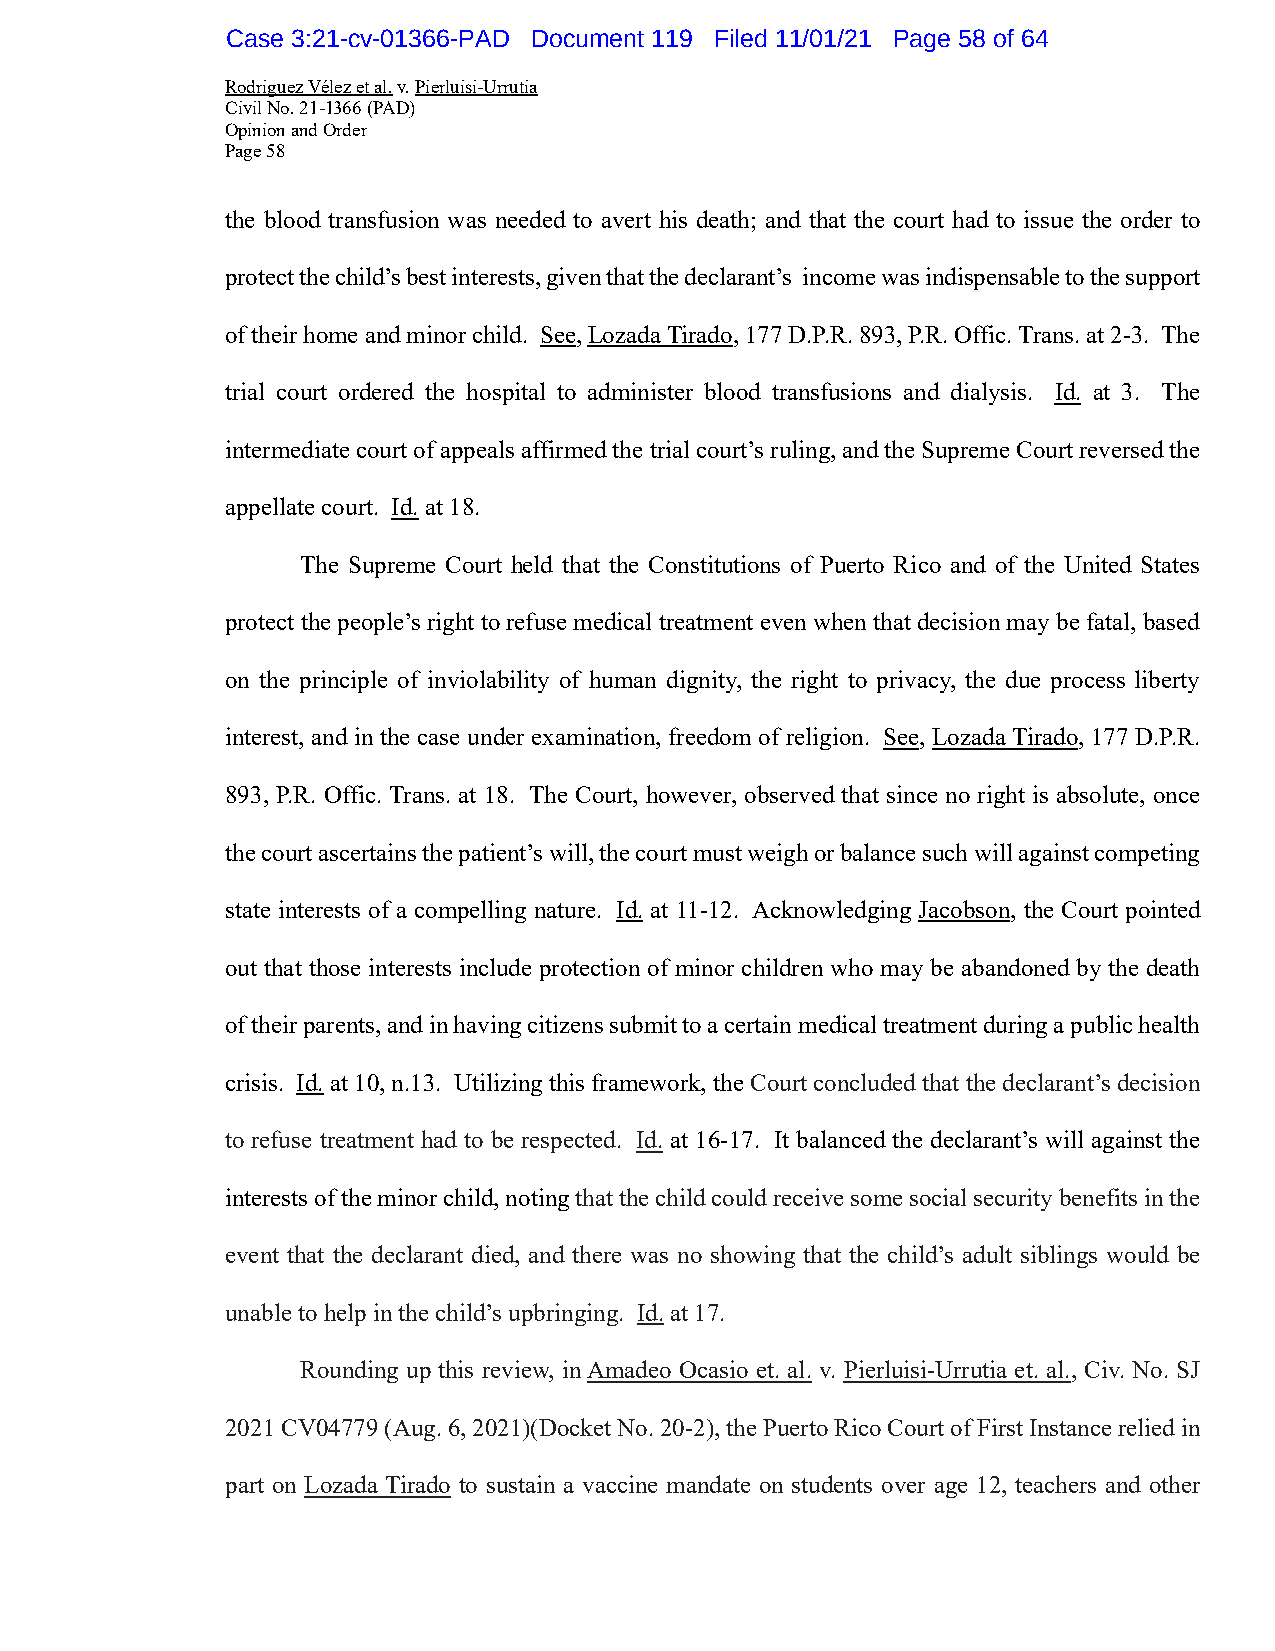
Case 3:21-cv-01366-PAD Document 119 Filed 11/01/21 Page 58 of 64
 Rodriguez Vélez et al. v. Pierluisi-Urrutia
 Civil No. 21-1366 (PAD)
 Opinion and Order
 Page 58
 the blood transfusion was needed to avert his death; and that the court had to issue the order to
 protect the child’s best interests, given that the declarant’s income was indispensable to the support
 of their home and minor child. See, Lozada Tirado, 177 D.P.R. 893, P.R. Offic. Trans. at 2-3. The
 trial court ordered the hospital to administer blood transfusions and dialysis. Id. at 3. The
 intermediate court of appeals affirmed the trial court’s ruling, and the Supreme Court reversed the
 appellate court. Id. at 18.
 The Supreme Court held that the Constitutions of Puerto Rico and of the United States
 protect the people’s right to refuse medical treatment even when that decision may be fatal, based
 on the principle of inviolability of human dignity, the right to privacy, the due process liberty
 interest, and in the case under examination, freedom of religion. See, Lozada Tirado, 177 D.P.R.
 893, P.R. Offic. Trans. at 18. The Court, however, observed that since no right is absolute, once
 the court ascertains the patient’s will, the court must weigh or balance such will against competing
 state interests of a compelling nature. Id. at 11-12. Acknowledging Jacobson, the Court pointed
 out that those interests include protection of minor children who may be abandoned by the death
 of their parents, and in having citizens submit to a certain medical treatment during a public health
 crisis. Id. at 10, n.13. Utilizing this framework, the Court concluded that the declarant’s decision
 to refuse treatment had to be respected. Id. at 16-17. It balanced the declarant’s will against the
 interests of the minor child, noting that the child could receive some social security benefits in the
 event that the declarant died, and there was no showing that the child’s adult siblings would be
 unable to help in the child’s upbringing. Id. at 17.
 Rounding up this review, in Amadeo Ocasio et. al. v. Pierluisi-Urrutia et. al., Civ. No. SJ
 2021 CV04779 (Aug. 6, 2021)(Docket No. 20-2), the Puerto Rico Court of First Instance relied in
 part on Lozada Tirado to sustain a vaccine mandate on students over age 12, teachers and other